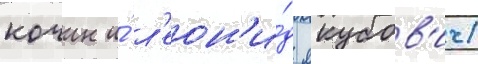
кочин и́ л'еон'и́д якубов'ич)